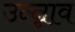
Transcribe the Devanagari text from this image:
उन्न्नाव